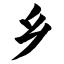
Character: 乡